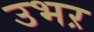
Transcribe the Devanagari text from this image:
उभऱ